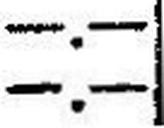
—.—